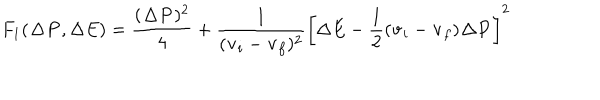
F _ { 1 } ( { \bf \Delta P } , \Delta E ) = \frac { ( { \bf \Delta P } ) ^ { 2 } } { 4 } + \frac { 1 } { ( { \bf v } _ { i } - { \bf v } _ { f } ) ^ { 2 } } \left[ \Delta E - \frac { 1 } { 2 } ( { \bf v } _ { i } - { \bf v } _ { f } ) { \bf \Delta P } \right] ^ { 2 }